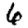
Digit: 6